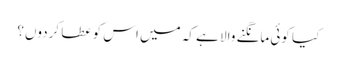
کیا کوئی مانگنے والا ہے کہ میں اس کو عطا کردوں؟